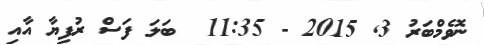
ނޮވެމްބަރު 3